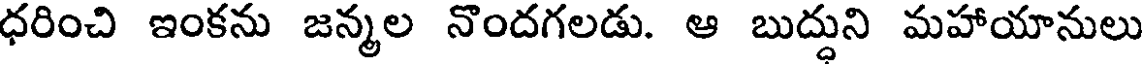
ధరించి ఇంకను జన్మల నొందగలడు. ఆ బుద్ధుని మహాయానులు